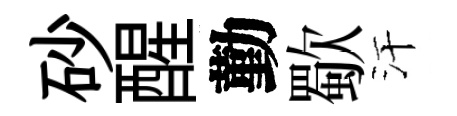
砂醒勤歜汗